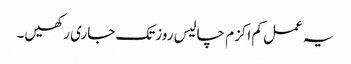
یہ عمل کم اکزم چالیس روزتک جاری رکھیں۔